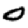
Digit: 0